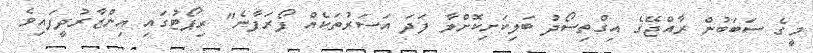
މީގެ ސަބަބުން ރާއްޖޭގެ އިގްތިސޯދު ބަލިކަށިކޮށްލާ ފަދަ އަސަރުތަކެއް ފޯރަފާނެ" ރިޕޯޓުގައި އިންޒާރުދީފައިވެ